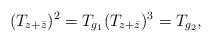
LaTeX: \begin{align*} (T_{z+\bar{z}})^2 & = T_{g_1} (T_{z+\bar{z}})^3 = T_{g_2},\end{align*}